system: You are a helpful assistant.
user:
Analyze the provided spectrum to determine if it is a **White Dwarf (WD)**.

A White Dwarf spectrum is defined by its **extreme purity** (due to gravitational settling) and/or **extreme pressure broadening** (due to high surface gravity). You must check for one of the following mutually exclusive signatures:

- **Key Visual Indicators (Check for ONE of these types):**

    - **1. DA-Type Signature (Most Common):**
        - **(Primary Feature):** Extreme pressure broadening (Stark broadening) of the **Hydrogen (H) Balmer lines**.
        - **(Key Lines):** $H\beta$ (approx. $4861$ Å) and $H\gamma$ (approx. $4340$ Å). $H\alpha$ (approx. $6563$ Å) will also be present if the wavelength range covers it.
        - **(Line Profile):** This is the **defining feature**. The lines are **NOT** sharp. They appear as massive, **extremely broad and deep "troughs" or "dips"** in the spectrum, often hundreds of Ångströms wide. The continuum will appear to "scoop" down at these wavelengths.
        - **(Distinction):** Normal A-type or B-type stars have *narrow* and *sharp* Hydrogen lines. A DA White Dwarf's lines are unmistakably "smeared" or "blurry" from pressure.

    - **2. DB-Type Signature:**
        - **(Primary Feature):** Broad absorption lines from **Neutral Helium (He I)**. The spectrum must lack any visible Hydrogen lines.
        - **(Key Lines):** Look for broad absorption near $4471$ Å, $4921$ Å, and $5876$ Å.
        - **(Line Profile):** These lines are also significantly pressure-broadened, appearing much wider than they would in a normal B-type main-sequence star.

    - **3. DC-Type Signature:**
        - **(Primary Feature):** A **featureless continuous spectrum**.
        - **(Line Profile):** The spectrum is a smooth curve with **no significant absorption or emission lines**.
        - **(Key Confirmation):** The continuum is almost always **blue or white**, indicating a hot object. This signature implies the atmosphere is so pure (or so cool) that no spectral lines are visible in the optical range. Its WD identity is confirmed by its extremely low intrinsic brightness (high absolute magnitude).

    - **4. DZ-Type Signature (Metal-Polluted):**
        - **(Primary Feature):** **Isolated, narrow metal absorption lines** on an otherwise featureless (DC-like) continuum.
        - **(Key Lines):** The **Calcium (Ca II) H & K doublet** (approx. **$3934$ Å** and **$3968$ Å**) is the most common and defining feature.
        - **(Line Profile):** These lines are "out of place." They are *not* part of a "forest" of thousands of lines. This signature is evidence of recent *accretion* (pollution) from rocky debris.
        - **(Distinction):** Normal G/K/M stars have a *dense forest* of thousands of metal lines. A DZ has a *clean* continuum with *only a few* strong metal lines.

    - **5. DQ-Type Signature (Carbon-Polluted):**
        - **(Primary Feature):** Absorption bands from **Carbon (C₂ "Swan Bands" or atomic C I)**.
        - **(Key Lines - C₂):** Look for bandheads with a "saw-tooth" shape near $5635$ Å, **$5165$ Å** (strongest), and $4737$ Å.
        - **(Key Confirmation):** The underlying **continuum must be blue or white** (hot).
        - **(Distinction):** This is the critical difference from a **Carbon Star**, which has the *exact same* C₂ bands but on an extremely **red, cool** continuum.

- **(Overall Spectrum):**
    - The continuum (overall shape) is typically **blue-sloping** (brighter in the blue than the red), as most white dwarfs are very hot.
    - The spectrum will look "pure" or "simple," dominated by only *one* of the five signatures listed above.

Think first, call **spectral_visualization_tool** if needed to examine features in detail, then provide your final answer. Your response must adhere to the following strict rules:
1.  **Overall Structure:** Your response must follow the format `<think>...</think> <tool_call>...</tool_call> (if a tool is used) <answer>...</answer>`.
2.  **Tool Usage Constraint:** You may only make **one** tool call per turn.
3.  **Final Answer Format:** In the `<answer>` tag, your conclusion must be inside a `\boxed{}` command (e.g., `\boxed{YES}` or `\boxed{NO}`), followed by your justification.

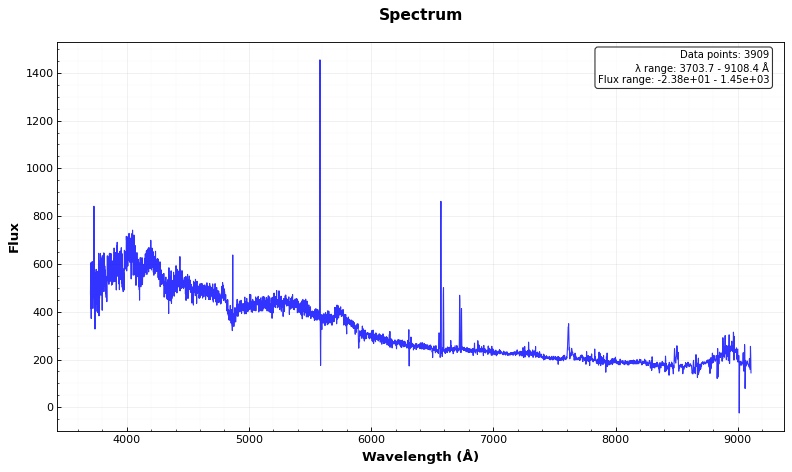
Answer: YES